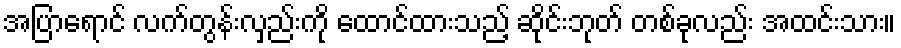
အပြာရောင် လက်တွန်းလှည်းကို ထောင်ထားသည့် ဆိုင်းဘုတ် တစ်ခုလည်း အထင်းသား။